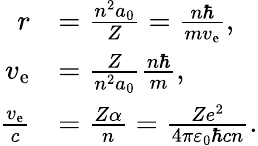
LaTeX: {\begin{array}{rl}{r}&{={\frac{n^{2}a_{0}}{Z}}={\frac{n\hbar}{mv_{\mathrm{e}}}},}\\ {v_{\mathrm{e}}}&{={\frac{Z}{n^{2}a_{0}}}{\frac{n\hbar}{m}},}\\ {{\frac{v_{\mathrm{e}}}{c}}}&{={\frac{Z\alpha}{n}}={\frac{Ze^{2}}{4\pi\varepsilon_{0}\hbar cn}}.}\end{array}}